Report of the King Institute of Preventive Medicine, Guindy
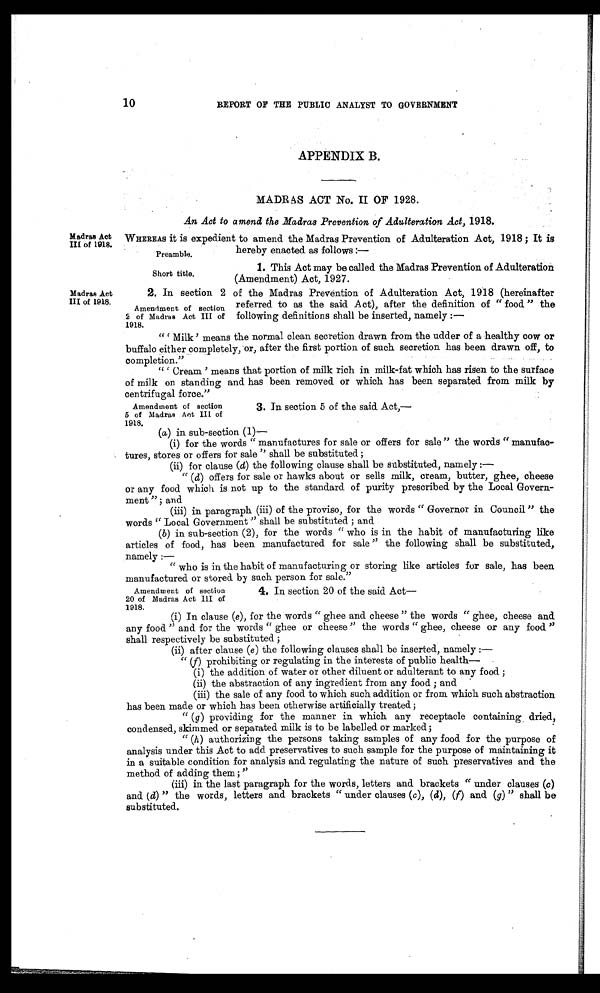
10
REPORT OF THE PUBLIC ANALYST TO GOVERNMENT
APPENDIX B.
MADRAS ACT No. II OF 1928.
An Act to amend the Madras Prevention of Adulteration Act, 1918.
Madras Act
III of 1918.
Madras Act
III of 1918.
WHEREAS it is expedient to amend the Madras Prevention of Adulteration Act, 1918 ; It is
hereby enacted as follows :—
1. This Act may be called the Madras Prevention of Adulteration
(Amendment) Act, 1927.
2. In section 2 of the Madras Prevention of Adulteration Act, 1918 (hereinafter
referred to as the said. Act), after the definition of "food" the
Amendment of section
2 of Madras Act III of following definitions shall be inserted, namely :—
1918.
" 'Milk' means the normal clean secretion drawn from the udder of a healthy cow or
buffalo either completely, or, after the first portion of such secretion has been drawn off, to
completion."
" 'Cream' means that portion of milk rich in milk-fat which has risen to the surface
of milk on standing and has been removed or which has been separated from milk by
centrifugal force."
Preamble.
Short title.
Amendment of section
5 of Madras Act III of
1918.
3. In section 5 of the said Act,—
(a) in sub-section (1)—
(i) for the words "manufactures for sale or offers for sale "the words" manufac
-tures, stores or offers for sale" shall be substituted ;
(ii) for clause (d) the following clause shall be substituted, namely :
—
"( d) offers for sale or hawks about or sells milk, cream, butter, ghee, cheese
or any food which is not up to the standard of purity prescribed by the Local Govern
- m e n t " ; a n d
(iii) in paragraph (iii) of the proviso, for the words "Governor in Council" the
words "Local Government" shall be substituted ; and
( b) in sub-section (2), for the words "who is in the habit of manufacturing like
articles of food, has been manufactured for sale" the following shall be substituted,
namely :—
"who is in the habit of manufacturing or storing like articles for sale, has been
manufactured or stored by such person for sale."
Amendment of section
20 of Madras Act III of
1918.
4. In section 20 of the said Act
—
(i) In clause (e ), for the words "ghee and cheese" the words "ghee, cheese and
any food" and for the words "ghee or cheese" the words "ghee, cheese or any food''
shall respectively be substituted ;
(ii) after clause ( e ) the following clauses shall be inserted, namely :
—
"( f) prohibiting or regulating in the interests of public health
—
(i) the addition of water or other diluent or adulterant to any food ;
(ii) the abstraction of any ingredient from any food ; and
(iii) the sale of any food to which such addition or from which such abstraction
has been made or which has been otherwise artificially treated ;
"( g ) providing for the manner in which any receptacle containing dried,
condensed, skimmed or separated milk is to be labelled or marked;
"(h ) authorizing the persons taking samples of any food for the purpose of
analysis under this Act to add preservatives to such sample for the purpose of maintaining it
in a suitable condition for analysis and regulating the nature of such preservatives and the
method of adding them ;
(iii) in the last paragraph for the words, letters and brackets "under clauses ( c)
and ( d) "the words, letters and brackets "under clauses ( c ), ( d), ( f) and ( g)" shall be
substituted.